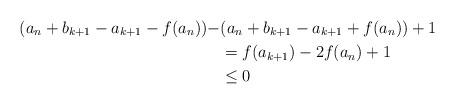
LaTeX: \begin{align*}(a_n + b_{k+1}-a_{k+1} - f(a_n))- &(a_n + b_{k+1}-a_{k+1} + f(a_n)) + 1\\&= f(a_{k+1}) - 2f(a_n) + 1\\&\leq 0\end{align*}